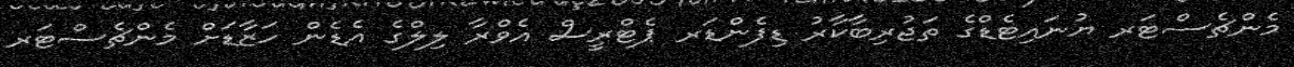
މެންޗެސްޓަރ ޔުނައިޓެޑްގެ ތަޖުރިބާކާރު ޑިފެންޑަރ ޕެޓްރީސް އެވްރާ ލިލްގެ އެޑެން ހަޒާޑަށް މެންޗެސްޓަރ